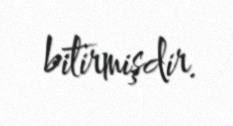
bitirmişdir.